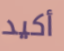
أكيد